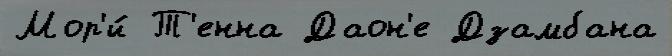
Мор'и́ Т'енна Даон'е Дзамбана